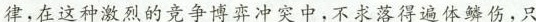
律，在这种激烈的竞争博弈冲突中，不求落得遍体鳞伤，只